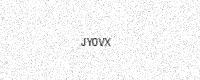
Text: JY0VX